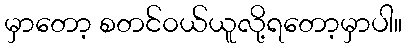
မှာတော့ စတင်၀ယ်ယူလို့ရတော့မှာပါ။